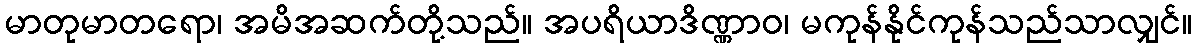
မာတုမာတရော၊ အမိအဆက်တို့သည်။ အပရိယာဒိဏ္ဏာဝ၊ မကုန်နိုင်ကုန်သည်သာလျှင်။